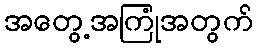
အတွေ့အကြုံအတွက်